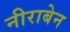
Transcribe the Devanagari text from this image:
नीराबेन